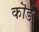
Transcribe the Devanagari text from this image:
कॊड